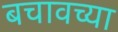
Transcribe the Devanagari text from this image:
बचावच्या